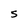
Character: s